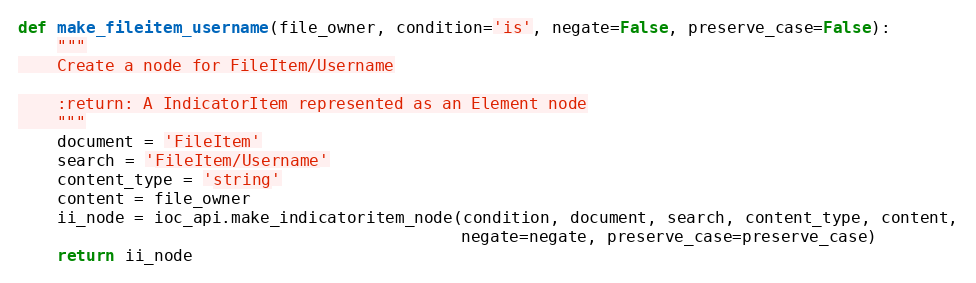
Language: Python
def make_fileitem_username(file_owner, condition='is', negate=False, preserve_case=False):
    """
    Create a node for FileItem/Username

    :return: A IndicatorItem represented as an Element node
    """
    document = 'FileItem'
    search = 'FileItem/Username'
    content_type = 'string'
    content = file_owner
    ii_node = ioc_api.make_indicatoritem_node(condition, document, search, content_type, content,
                                              negate=negate, preserve_case=preserve_case)
    return ii_node